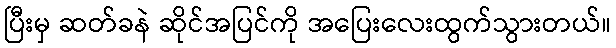
ပြီးမှ ဆတ်ခနဲ ဆိုင်အပြင်ကို အပြေးလေးထွက်သွားတယ်။